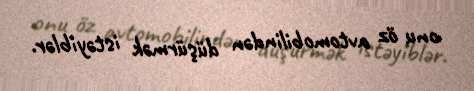
onu öz avtomobilindən düşürmək istəyiblər.